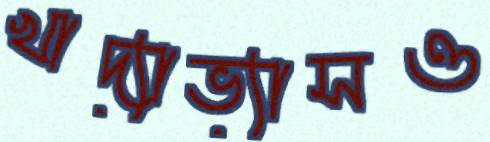
খাদ্যাভ্যাসও